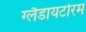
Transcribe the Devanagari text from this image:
ग्लैडायटोरम